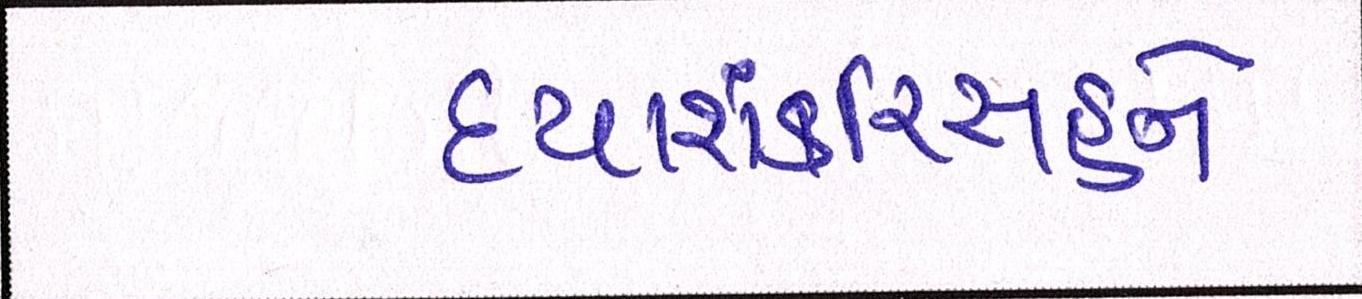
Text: દયાશંકરિંસહને